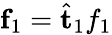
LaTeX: \mathbf{f}_{1}=\hat{\mathbf{t}}_{1}f_{1}